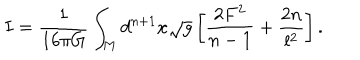
LaTeX: I = \frac { 1 } { 1 6 { \pi } G } \int _ { M } d ^ { n + 1 } x \sqrt { g } \left[ \frac { 2 F ^ { 2 } } { n - 1 } + \frac { 2 n } { l ^ { 2 } } \right] .